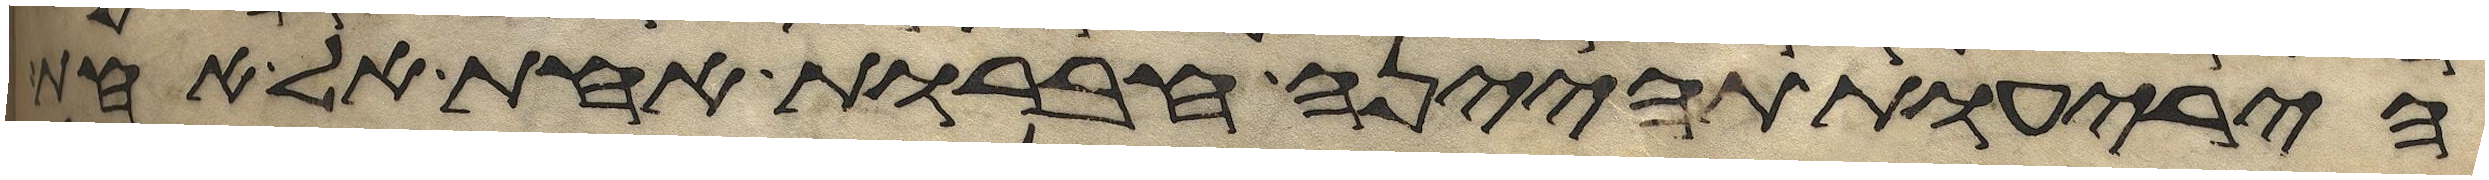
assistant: היריעות תהינה חברות אחת אל אחת